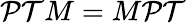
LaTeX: \mathcal{P}\mathcal{T}M=M\mathcal{P}\mathcal{T}